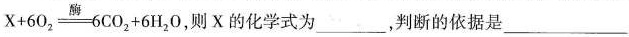
$$X+6O_{2}\xlongequal[]{酶}6CO_{2}+6H_{2}O$$ ，则X的化学式为___，判断的依据是___